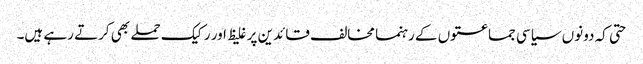
حتی کہ دونوں سیاسی جماعتوں کے رہنما مخالف قائدین پر غلیظ اور رکیک حملے بھی کرتے رہے ہیں۔